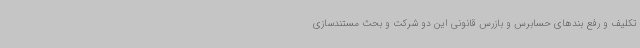
تکلیف و رفع بندهای حسابرس و بازرس قانونی این دو شرکت و بحث مستندسازی